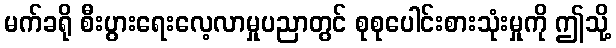
မက်ခရို စီးပွားရေးလေ့လာမှုပညာတွင် စုစုပေါင်းစားသုံးမှုကို ဤသို့